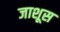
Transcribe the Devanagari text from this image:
जाशूस